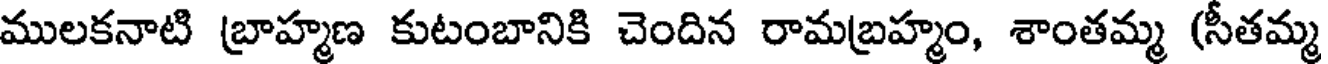
ములకనాటి బ్రాహ్మణ కుటంబానికి చెందిన రామబ్రహ్మం, శాంతమ్మ (సీతమ్మ